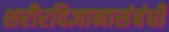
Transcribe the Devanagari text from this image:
शरीरविज्ञानासंबंधी